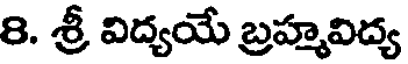
8. శ్రీ విద్యయే బ్రహ్మవిద్య